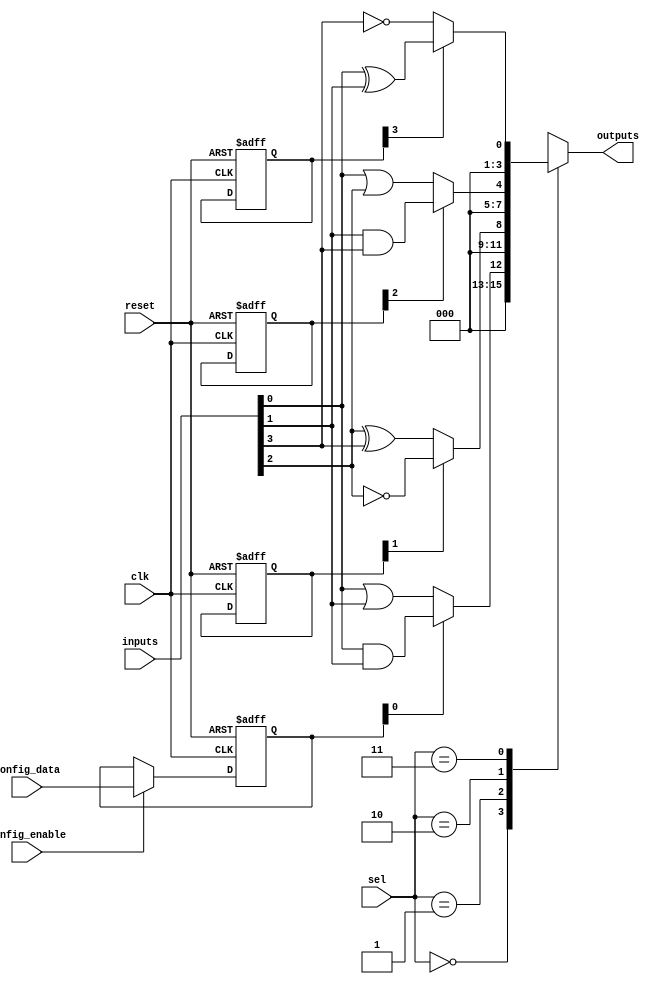
module CLB (
    input wire [3:0] inputs,            // 4 input lines
    input wire [1:0] sel,               // Selector for multiplexer
    input wire config_enable,            // Configuration enable signal
    input wire [3:0] config_data,       // Configuration data for LUTs
    input wire clk,                      // Global clock signal
    input wire reset,                    // Global reset signal
    output wire [3:0] outputs            // 4 output lines
);

// Configuration memory for LUTs
reg [3:0] lut [3:0];                   // LUTs for 4 logic function units

// Initialize LUTs with configuration data
always @(posedge clk or posedge reset) begin
    if (reset) begin
        lut[0] <= 4'b0000;              // Reset LUT0
        lut[1] <= 4'b0000;              // Reset LUT1
        lut[2] <= 4'b0000;              // Reset LUT2
        lut[3] <= 4'b0000;              // Reset LUT3
    end else if (config_enable) begin
        lut[0] <= config_data;          // Load config data into LUT0
        // Additional configurations can be added here
    end
end

// Logic function units (LUTs)
wire [3:0] lut_outputs;
assign lut_outputs[0] = lut[0][0] ? (inputs[0] & inputs[1]) : (inputs[0] | inputs[1]); // Example function
assign lut_outputs[1] = lut[1][1] ? ~inputs[2] : (inputs[2] ^ inputs[3]); // Example function
assign lut_outputs[2] = lut[2][2] ? (inputs[1] & inputs[3]) : (inputs[0] | inputs[2]); // Example function
assign lut_outputs[3] = lut[3][3] ? (inputs[0] ^ inputs[1]) : ~inputs[3]; // Example function

// Multiplexer to select outputs from the LUTs
always @(*) begin
    case (sel)
        2'b00: outputs = lut_outputs[0];
        2'b01: outputs = lut_outputs[1];
        2'b10: outputs = lut_outputs[2];
        2'b11: outputs = lut_outputs[3];
        default: outputs = 4'b0000;
    endcase
end

endmodule